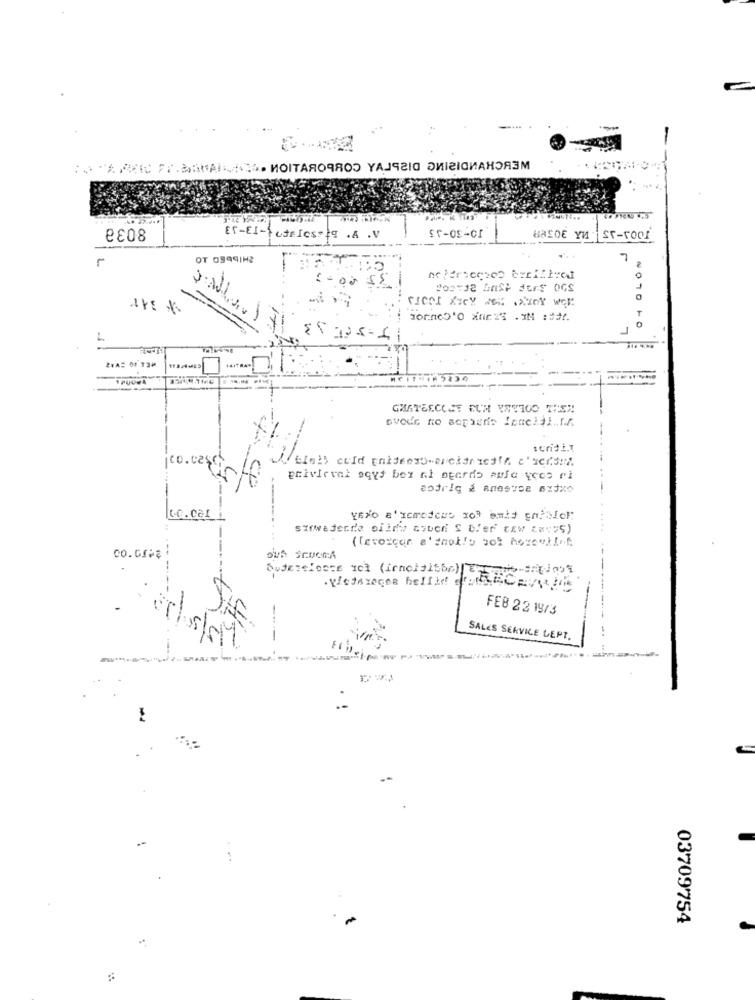
:**** *** С "Г. ВАМАЛ №:0. ИОІТАЯОЧЯОЭ УАЛЧЕІЮ ДИІРІСИАНЭЯЗМ
€08
ET-EI-CTRICSq . A .V
ST-roof
L.
OT O999IM2
T
J
25234
ovode to sepieds foncial.f.A.
co. ces
sotrig 2 Anostoe oxxo
Co. cali
sirwederde olin'y esved S bier cew 2ay:5)
( Levorger e' tnokio sos hereallef.
co.crea
Ouderelosse not (inclalbbc)
FEB 22 19/3
-
--
SALES SERVICE LEPT.
.-
E
03709754